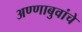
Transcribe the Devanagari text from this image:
अण्णाबुवांचे